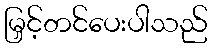
မြှင့်တင်ပေးပါသည်